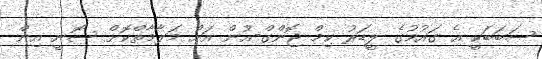
ސަބަބަކީ އެ ގައުމުގެ ލީޑަރު ކިމް ޖޮންގް-އުން އަށް މަލާމާތްކޮށް ސޮނީ އިން